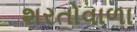
શરતોવાળા